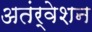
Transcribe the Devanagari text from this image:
अतंर्वेशन